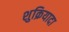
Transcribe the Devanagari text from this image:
शुक्रियादा